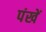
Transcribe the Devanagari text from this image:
पंखें